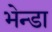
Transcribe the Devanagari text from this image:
भेन्डा